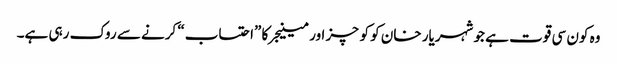
وہ کون سی قوت ہے جو شہریار خان کو کوچز اور مینیجر کا ”احتساب“ کرنے سے روک رہی ہے۔